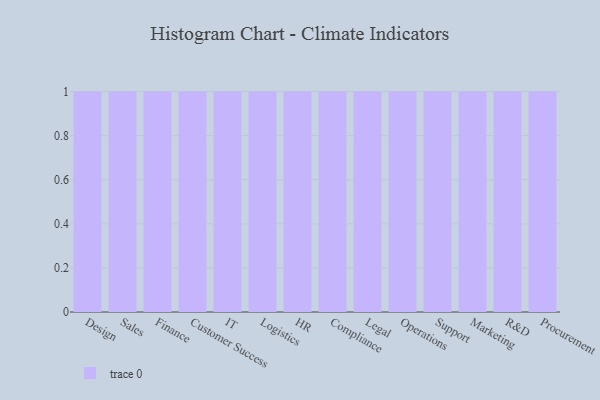
{"axis": {"x": "Department", "y": "Backlog"}, "legend": [""], "data": [{"x": "Design", "y": 83, "type": ""}, {"x": "Sales", "y": 20, "type": ""}, {"x": "Finance", "y": 94, "type": ""}, {"x": "Customer Success", "y": 74, "type": ""}, {"x": "IT", "y": 68, "type": ""}, {"x": "Logistics", "y": 23, "type": ""}, {"x": "HR", "y": 100, "type": ""}, {"x": "Compliance", "y": 87, "type": ""}, {"x": "Legal", "y": 85, "type": ""}, {"x": "Operations", "y": 40, "type": ""}, {"x": "Support", "y": 70, "type": ""}, {"x": "Marketing", "y": 93, "type": ""}, {"x": "R&D", "y": 68, "type": ""}, {"x": "Procurement", "y": 81, "type": ""}]}